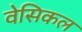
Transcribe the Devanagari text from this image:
वेसिकल